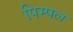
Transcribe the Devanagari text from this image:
पिम्पल